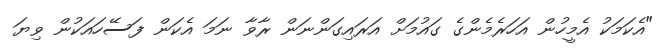
"އެކަމަކު އެމީހުން އަހަރެމެންގެ ގައުމަށް އަރައިގަންނަން ރާވާ ނަމަ އެކަން ފަސޭހައަކުން ވިޔަ